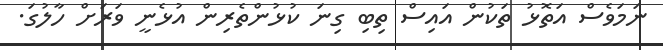
ނަމަވެސް އަތޮޅު ތަކުން އައިސް ތިބި ގިނަ ކުޅުންތެރިން އުޅެނީ ވަރަށް ހާލުގަ.